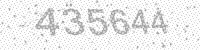
Solution: 435644